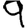
Digit: 9